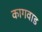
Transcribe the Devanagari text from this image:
कागवाड